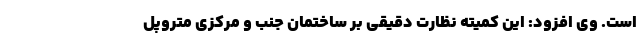
است. وی افزود: این کمیته نظارت دقیقی بر ساختمان جنب و مرکزی متروپل